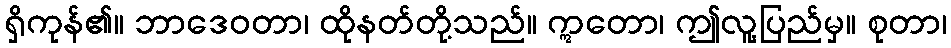
ရှိကုန်၏။ ဘာဒေဝတာ၊ ထိုနတ်တို့သည်။ ဣတော၊ ဤလူ့ပြည်မှ။ စုတာ၊